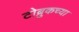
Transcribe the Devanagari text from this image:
टोब्रुकच्या